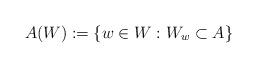
LaTeX: \begin{align*} A(W) := \{ w\in W: W_w\subset A\} \end{align*}